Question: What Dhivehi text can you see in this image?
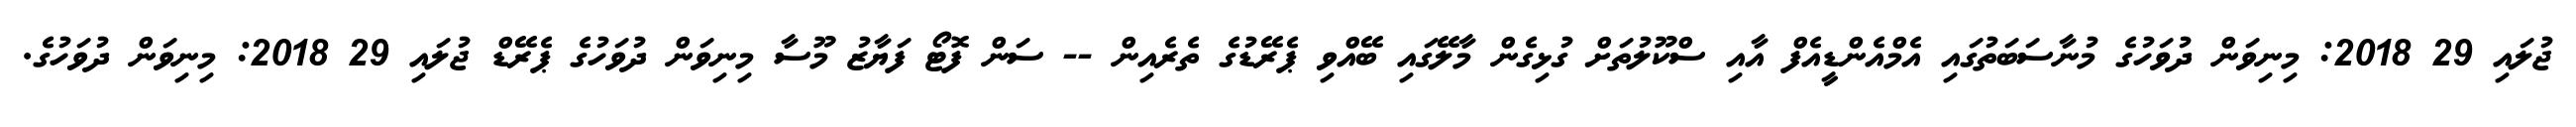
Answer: ޖުލައި 29 2018: މިނިވަން ދުވަހުގެ މުނާސަބަތުގައި އެމްއެންޑީއެފް އާއި ސްކޫލުތަށް ގުޅިގެން މާލޭގައި ބޭއްވި ޕެރޭޑުގެ ތެރެއިން -- ސަން ފޮޓޯ ފަޔާޒު މޫސާ މިނިވަން ދުވަހުގެ ޕެރޭޑް ޖުލައި 29 2018: މިނިވަން ދުވަހުގެ.